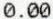
0.00